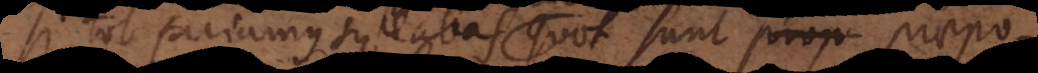
si tot faciamus syllabas quot sunt prop praepo